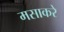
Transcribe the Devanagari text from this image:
मसाकरे